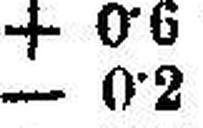
– 0·2